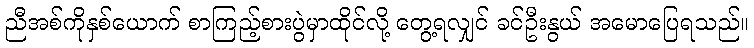
ညီအစ်ကိုနှစ်ယောက် စာကြည့်စားပွဲမှာထိုင်လို့ တွေ့ရလျှင် ခင်ဦးနွယ် အမောပြေရသည်။